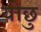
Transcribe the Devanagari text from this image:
योछु